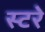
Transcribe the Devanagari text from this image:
स्टरे